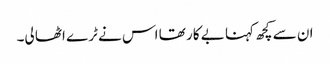
ان سے کچھ کہنا بے کار تھا اس نے ٹرے اٹھا لی۔